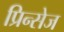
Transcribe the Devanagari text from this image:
प्रिन्सेज